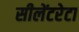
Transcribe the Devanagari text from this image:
सीलेंटरेटा